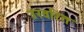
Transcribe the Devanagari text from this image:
उरवरित